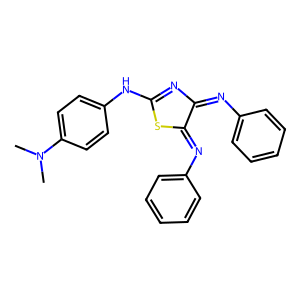
SMILES: CN(C)c1ccc(NC2=NC(=Nc3ccccc3)C(=Nc3ccccc3)S2)cc1
Inhibits HIV replication: No